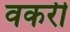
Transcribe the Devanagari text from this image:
वकरी